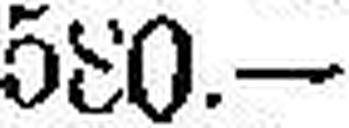
580.—